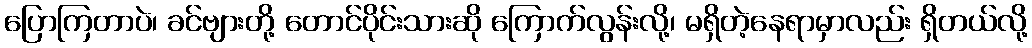
ပြောကြတာပဲ၊ ခင်ဗျားတို့ တောင်ပိုင်းသားဆို ကြောက်လွန်းလို့၊ မရှိတဲ့နေရာမှာလည်း ရှိတယ်လို့